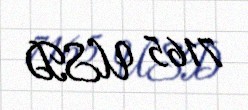
7165 USD